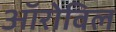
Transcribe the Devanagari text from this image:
ऑरोविल